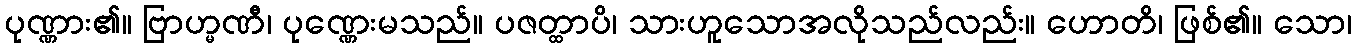
ပုဏ္ဏား၏။ ဗြာဟ္မဏီ၊ ပုဏ္ဏေးမသည်။ ပဇတ္ထာပိ၊ သားဟူသောအလိုသည်လည်း။ ဟောတိ၊ ဖြစ်၏။ သော၊